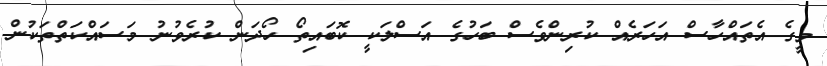
މީގެ އެތައްހާސް އަހަރެއް ކުރިންވެސް ބަހުގެ އަސްލަކީ ކޮބައިތޯ ހޯދަން ކުރެވުނު މަސައްކަތްތަކުން